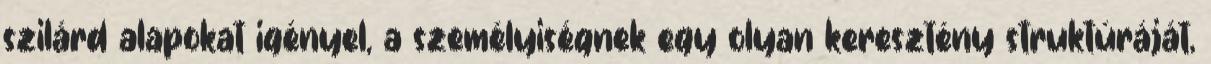
szilárd alapokat igényel, a személyiségnek egy olyan keresztény struktúráját,